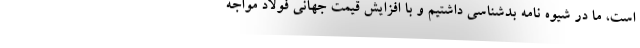
است، ما در شیوه نامه بدشناسی داشتیم و با افزایش قیمت جهانی فولاد مواجه